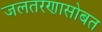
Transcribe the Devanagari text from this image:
जलतरणासोबत